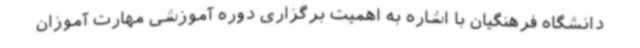
دانشگاه فرهنگیان با اشاره به اهمیت برگزاری دوره آموزشی مهارت آموزان